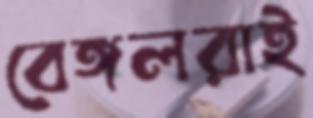
বেঙ্গলরাই